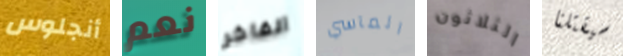
أنجلوس نعم الفاخر المآسي الثلاثون سيقتلنا